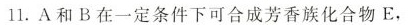
11.A和B在一定条件下可合成芳香族化合物 E，